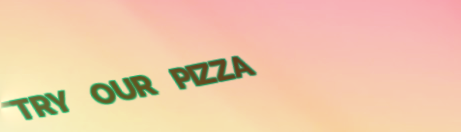
TRY OUR PIZZA